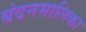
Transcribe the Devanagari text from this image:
बंदनमालिका